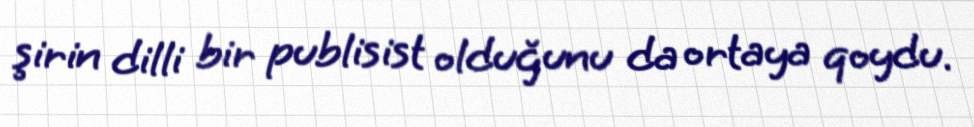
şirin dilli bir publisist olduğunu da ortaya qoydu.